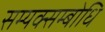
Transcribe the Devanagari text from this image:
सम्यक्सम्बोधि